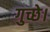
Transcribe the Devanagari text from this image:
गुच्छे।